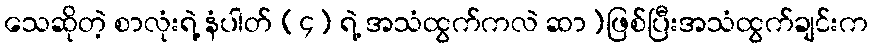
သေဆိုတဲ့ စာလုံးရဲ့ နံပါတ် (၄) ရဲ့ အသံထွက်ကလဲ ဆာ)ဖြစ်ပြီးအသံထွက်ချင်းက